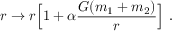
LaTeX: r \rightarrow r \Big [ 1 + \alpha \frac { G ( m _ { 1 } + m _ { 2 } ) } { r } \Big ] ~ .